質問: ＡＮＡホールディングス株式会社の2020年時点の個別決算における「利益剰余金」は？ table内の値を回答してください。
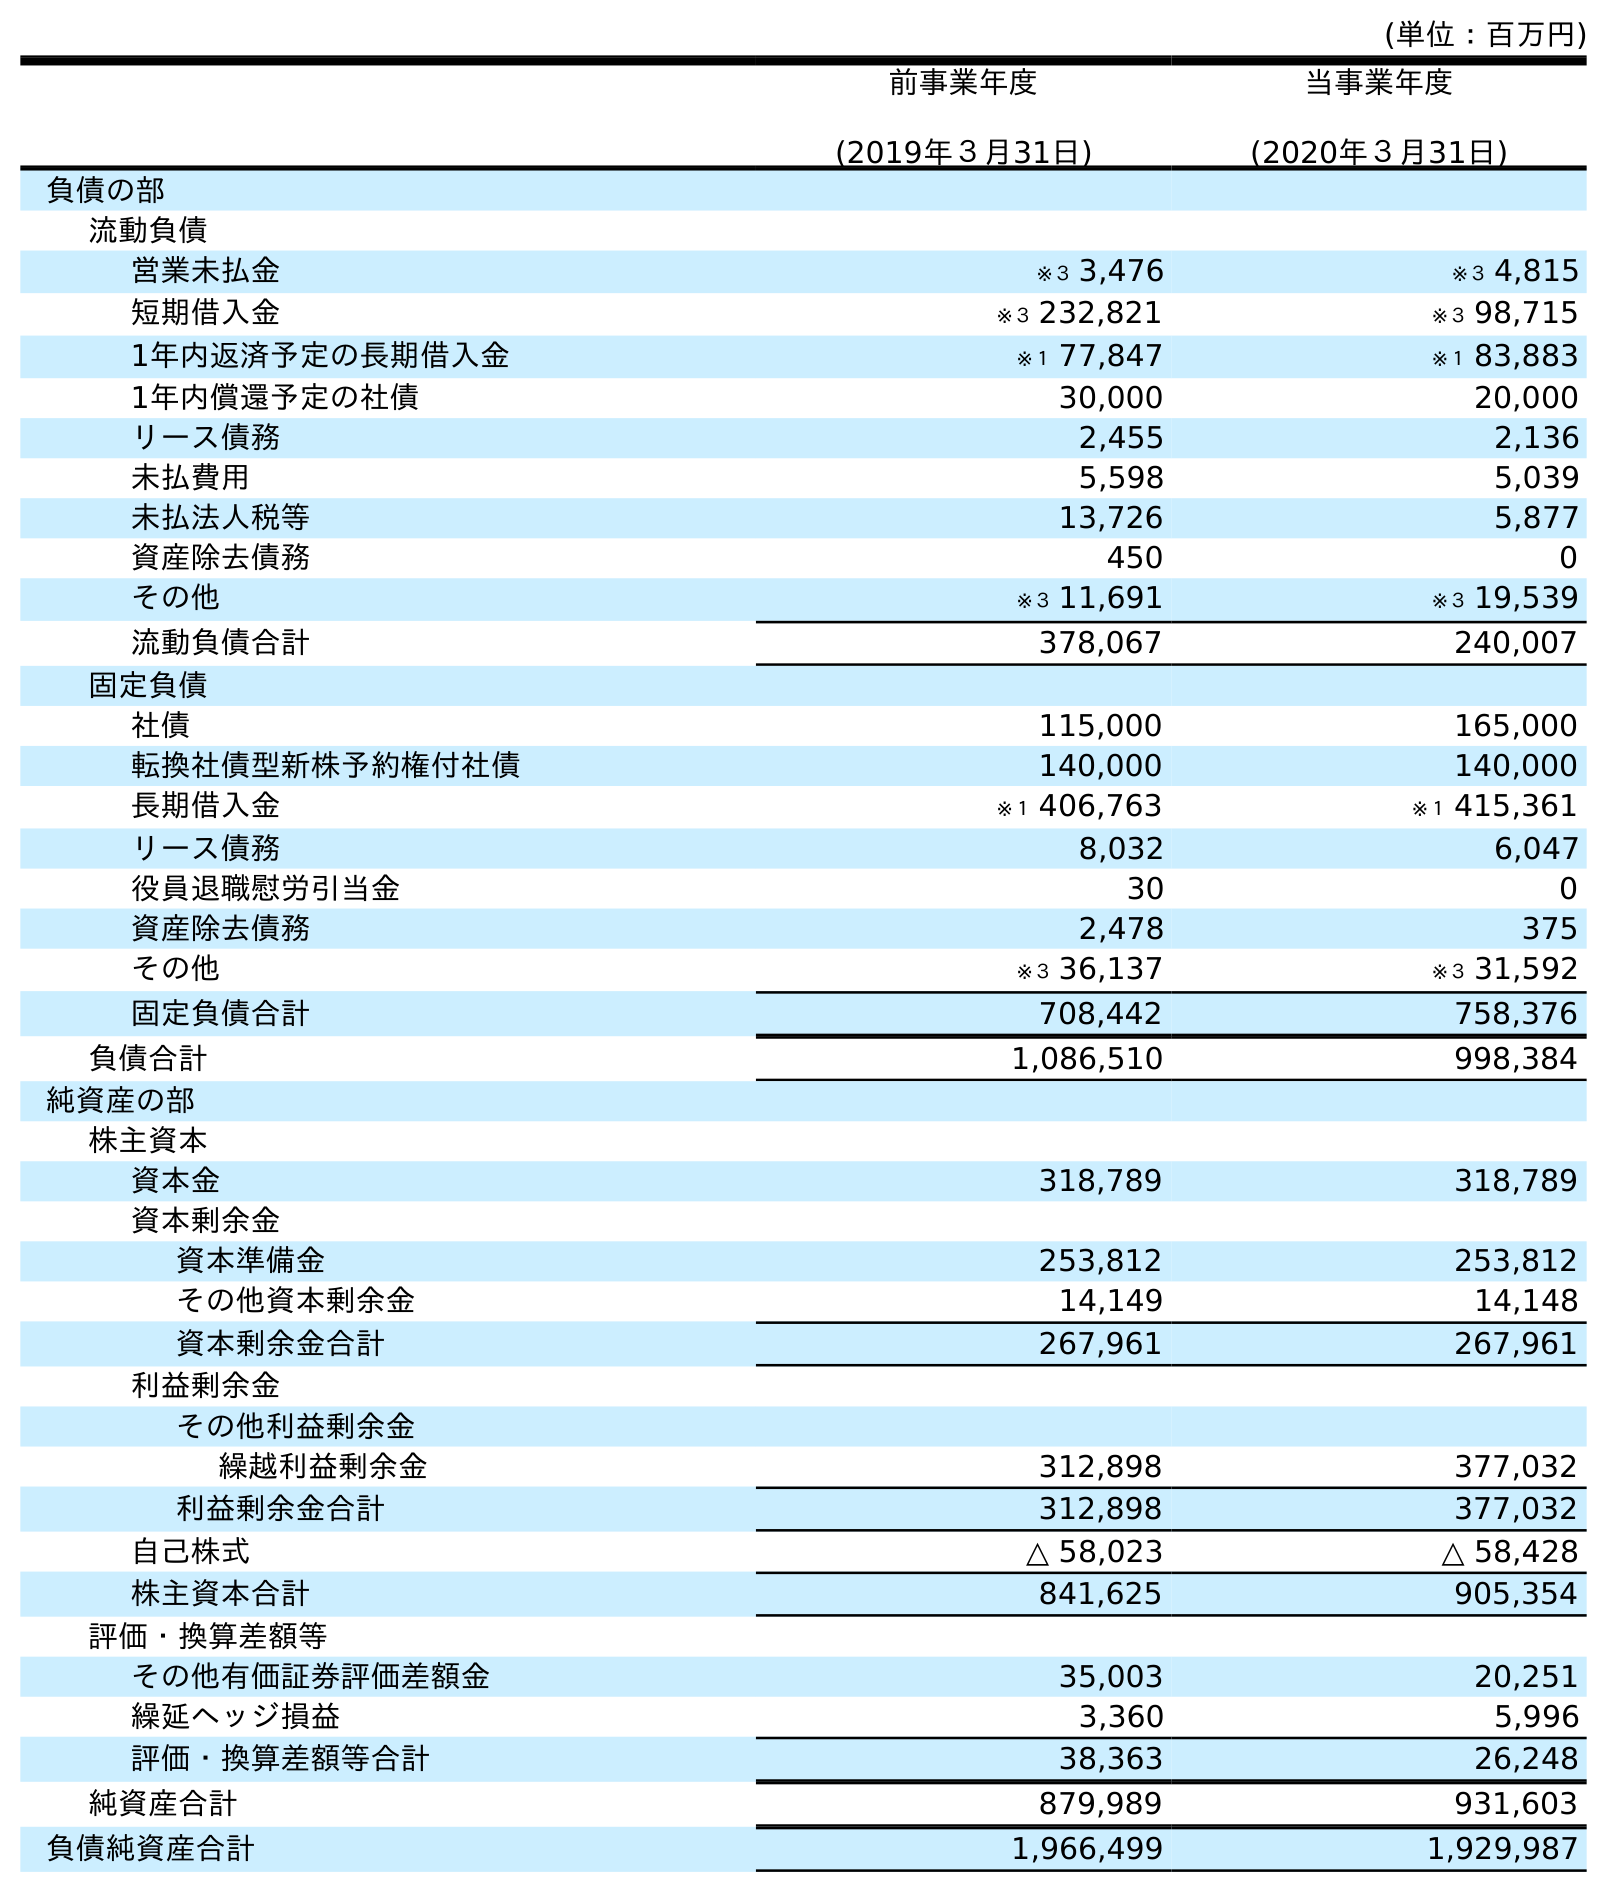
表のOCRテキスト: (単位：百万円) 前事業年度 (2019年３月31日) 当事業年度 (2020年３月31日) 負債の部 流動負債 営業未払金 ※３ 3,476 ※３ 4,815 短期借入金 ※３ 232,821 ※３ 98,715 1年内返済予定の長期借入金 ※１ 77,847 ※１ 83,883 1年内償還予定の社債 30,000 20,000 リース債務 2,455 2,136 未払費用 5,598 5,039 未払法人税等 13,726 5,877 資産除去債務 450 0 その他 ※３ 11,691 ※３ 19,539 流動負債合計 378,067 240,007 固定負債 社債 115,000 165,000 転換社債型新株予約権付社債 140,000 140,000 長期借入金 ※１ 406,763 ※１ 415,361 リース債務 8,032 6,047 役員退職慰労引当金 30 0 資産除去債務 2,478 375 その他 ※３ 36,137 ※３ 31,592 固定負債合計 708,442 758,376 負債合計 1,086,510 998,384 純資産の部 株主資本 資本金 318,789 318,789 資本剰余金 資本準備金 253,812 253,812 その他資本剰余金 14,149 14,148 資本剰余金合計 267,961 267,961 利益剰余金 その他利益剰余金 繰越利益剰余金 312,898 377,032 利益剰余金合計 312,898 377,032 自己株式 △ 58,023 △ 58,428 株主資本合計 841,625 905,354 評価・換算差額等 その他有価証券評価差額金 35,003 20,251 繰延ヘッジ損益 3,360 5,996 評価・換算差額等合計 38,363 26,248 純資産合計 879,989 931,603 負債純資産合計 1,966,499 1,929,987
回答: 377,032